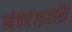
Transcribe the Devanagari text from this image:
नंबर।इसके